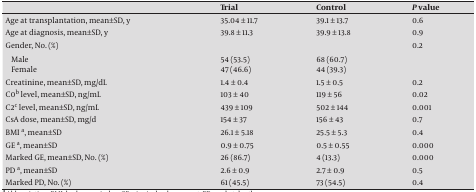
|  | Trial | Control | P value |
 | --- | --- | --- | --- |
 | Age at transplantation, mean±SD, y | 35.04 ± 11.7 | 39.1 ± 13.7 | 0.6 |
 | Age at diagnosis, mean±SD, y | 39.8 ± 11.3 | 39.9 ± 13.8 | 0.9 |
 | Gender, No. (%) |  |  | 0.2 |
 | Male | 54 (53.5) | 68 (60.7) |  |
 | Female | 47 (46.6) | 44 (39.3) |  |
 | Creatinine, mean±SD, mg/dL | 1.4 ± 0.4 | 1.5 ± 0.5 | 0.2 |
 | C0b level, mean±SD, ng/mL | 103 ± 40 | 119 ± 56 | 0.02 |
 | C2c level, mean±SD, ng/mL | 439 ± 109 | 502 ± 144 | 0.001 |
 | CsA dose, mean±SD, mg/d | 154 ± 37 | 156 ± 43 | 0.7 |
 | BMI a, mean±SD | 26.1 ± 5.18 | 25.5 ± 5.3 | 0.4 |
 | GE a, mean±SD | 0.9 ± 0.75 | 0.5 ± 0.55 | 0.000 |
 | Marked GE, mean±SD, No. (%) | 26 (86.7) | 4 (13.3) | 0.000 |
 | PD a, mean±SD | 2.6 ± 0.9 | 2.7 ± 0.9 | 0.5 |
 | Marked PD, No. (%) | 61 (45.5) | 73 (54.5) | 0.4 |